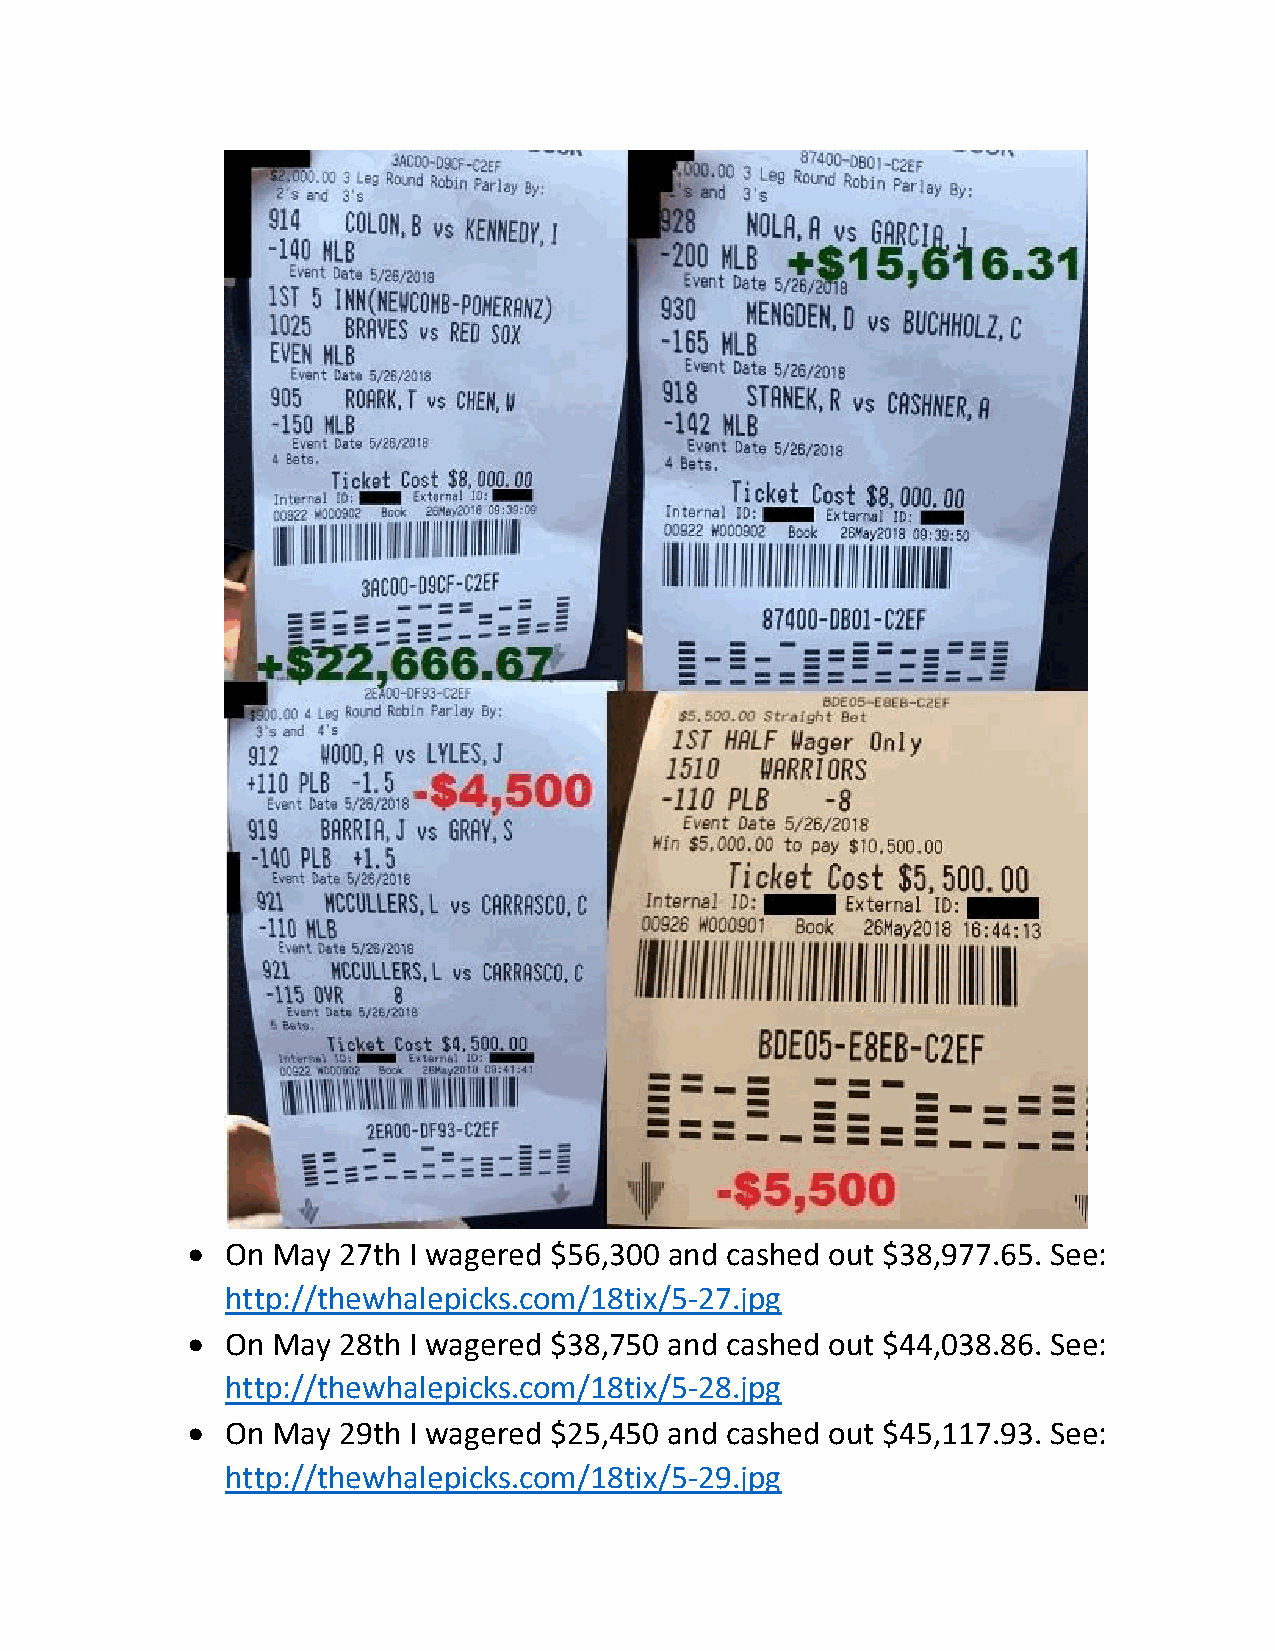
•  On May 27th I wagered $56,300 and cashed out $38,977.65. See:
 http://thewhalepicks.com/18tix/5-27.jpg
 •  On May 28th I wagered $38,750 and cashed out $44,038.86. See:
 http://thewhalepicks.com/18tix/5-28.jpg
 •  On May 29th I wagered $25,450 and cashed out $45,117.93. See:
 http://thewhalepicks.com/18tix/5-29.jpg